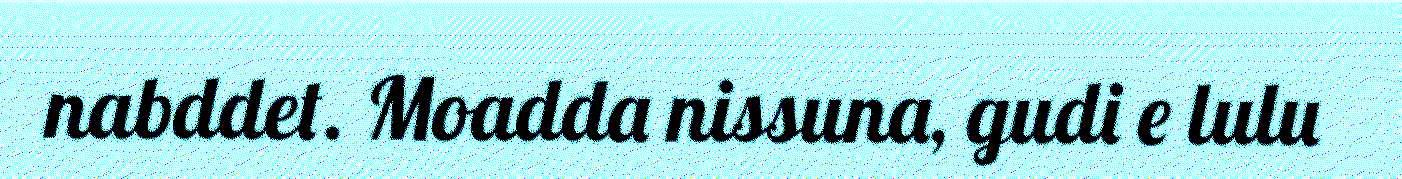
nabddet. Moadda nissuna, gudi e lulu